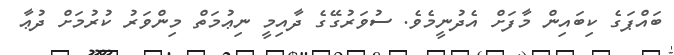
ބައްޕަގެ ކިބައިން މާފަށް އެދުނީމެވެ. ސުވަރުގޭގެ ދާއިމީ ނިޢުމަތް މިންވަރު ކުރުމަށް ދުޢާ